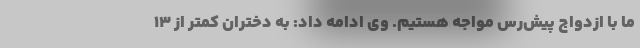
ما با ازدواج پیش‌رس مواجه هستیم. وی ادامه داد: به دختران کمتر از ۱۳